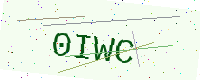
Text: 0IWC